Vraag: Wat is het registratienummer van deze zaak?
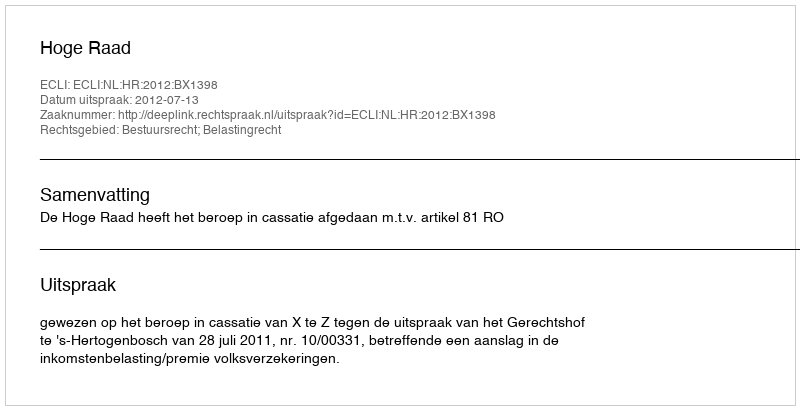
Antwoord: http://deeplink.rechtspraak.nl/uitspraak?id=ECLI:NL:HR:2012:BX1398